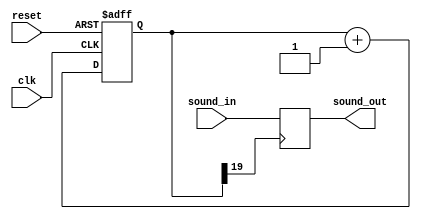
module sound(
input clk,
input sound_in,
input reset,
output reg sound_out
);

//
reg[19:0] count;

always @ (posedge clk,negedge reset)
	if(!reset)
		begin
			count<=0;
		end
	else
		begin
			count<=count+1'b1;
		end

wire key_clk=count[19];				//f=50MHz/2^20=47Hz T=21ms
//

always @(posedge key_clk)
begin
	sound_out <= sound_in;
end
endmodule